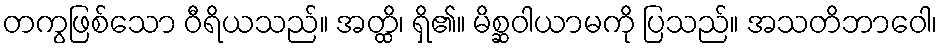
တကွဖြစ်သော ဝီရိယသည်။ အတ္ထိ၊ ရှိ၏။ မိစ္ဆဝါယာမကို ပြသည်။ အသတိဘာဝေါ၊